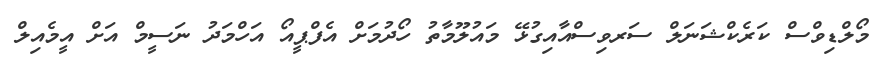
މޯލްޑިވްސް ކަރެކްޝަނަލް ސަރވިސްއާއިގުޅޭ މައުލޫމާތު ހޯދުމަށް އެފްޕީއޯ އަހްމަދު ނަސީމް އަށް އީމެއިލް